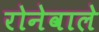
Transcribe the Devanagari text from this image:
रोनेवाले